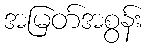
အမြတ်အစွန်း